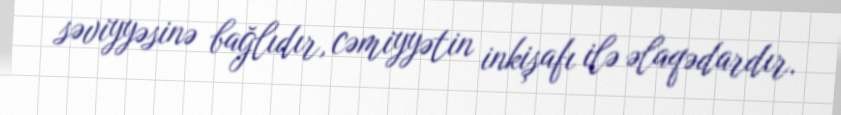
səviyyəsinə bağlıdır, cəmiyyətin inkişafı ilə əlaqədardır.